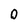
Character: 0